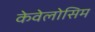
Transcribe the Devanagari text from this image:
केवेलोसिम